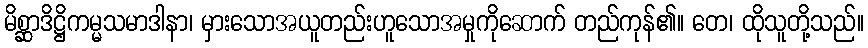
မိစ္ဆာဒိဋ္ဌိကမ္မသမာဒါနာ၊ မှားသောအယူတည်းဟူသောအမှုကိုဆောက် တည်ကုန်၏။ တေ၊ ထိုသူတို့သည်။